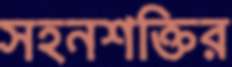
সহনশক্তির